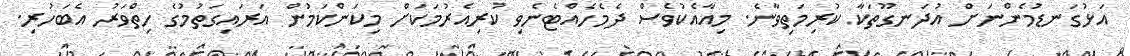
އަޅުގަނޑުމެންނަށް އުދަނގޫތަކާ ކުރިމަތިވާނެ. މިއާއެކުވެސް ދެމެހެއްޓެނެވި ކުރިއެރުމަކަށް މިކަންކަމުން އަރައިގަތުމުގެ ހިތްވަރު އެބަހުރި.